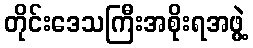
တိုင်းဒေသကြီးအစိုးရအဖွဲ့